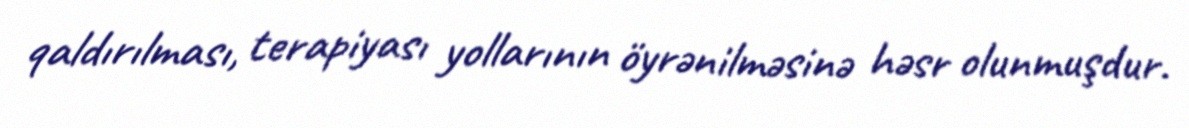
qaldırılması, terapiyası yollarının öyrənilməsinə həsr olunmuşdur.